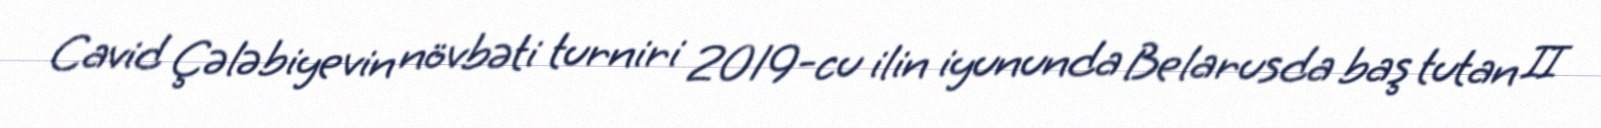
Cavid Çələbiyevin növbəti turniri 2019-cu ilin iyununda Belarusda baş tutan II